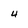
Character: 4